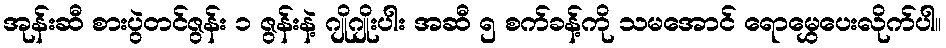
အုန်းဆီ စားပွဲတင်ဇွန်း ၁ ဇွန်းနဲ့ ဂျိုဂျိုးပါး အဆီ ၅ စက်ခန့်ကို သမအောင် ရောမွှေပေးလိုက်ပါ။